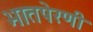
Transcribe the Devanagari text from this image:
भातपेरणी